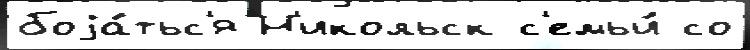
боjа́тьс'я Н'икольск с'емьи́ со